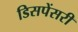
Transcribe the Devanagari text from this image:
डिसपेंसरी